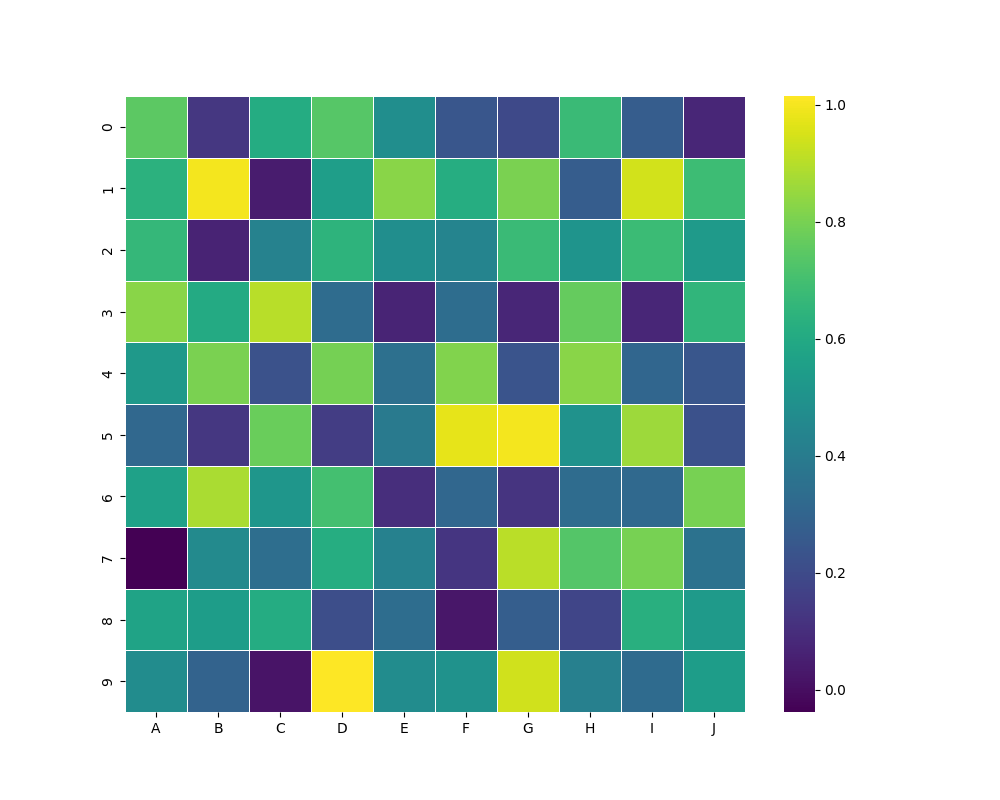
python, seaborn, heatmap, cmap='viridis', linewidths=0.5, center=none